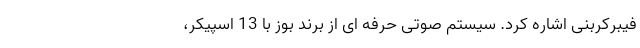
فیبرکربنی اشاره کرد. سیستم صوتی حرفه ای از برند بوز با 13 اسپیکر،